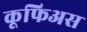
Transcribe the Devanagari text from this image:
कूफिअस